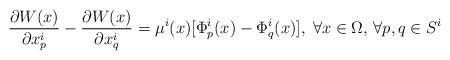
LaTeX: \begin{align*}\frac{\partial W(x)}{\partial x^i_p} - \frac{\partial W(x)}{\partial x^i_q} = \mu^i(x) [\Phi^i_p(x) - \Phi^i_q(x)], \; \forall x\in \Omega,\,\forall p,q \in S^i\end{align*}